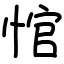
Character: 悺